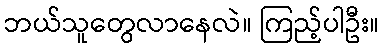
ဘယ်သူတွေလာနေလဲ။ ကြည့်ပါဦး။